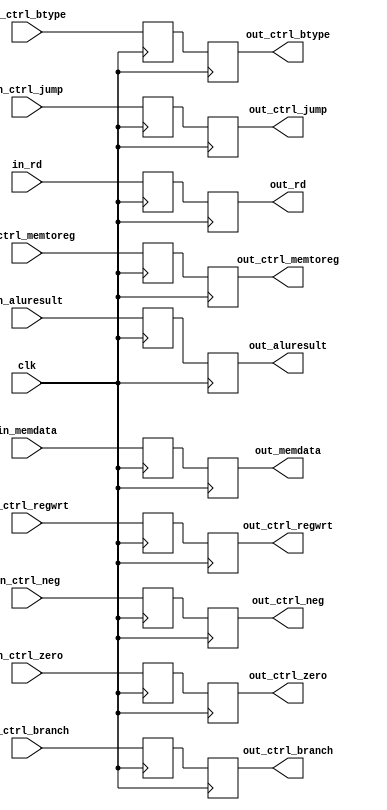
`timescale 1ns / 1ps

module EX_WBBuffer(
	input clk,

    /* WB Control */
    input in_ctrl_regwrt,
    input in_ctrl_branch,
    input in_ctrl_btype,
    input in_ctrl_jump,
    input in_ctrl_memtoreg,
    input in_ctrl_neg,
    input in_ctrl_zero,

    /* WB Data */
    input [31:0] in_memdata,
    input [31:0] in_aluresult,
    input [5:0] in_rd,

	/* WB Control */
    output reg out_ctrl_regwrt,
    output reg out_ctrl_branch,
    output reg out_ctrl_btype,
    output reg out_ctrl_jump,
    output reg out_ctrl_memtoreg,
    output reg out_ctrl_neg,
    output reg out_ctrl_zero,

    /* WB Data */
    output reg [31:0] out_memdata,
    output reg [31:0] out_aluresult,
    output reg [5:0] out_rd

	);

    /* WB Control Bufffer */
    reg ctrl_regwrt_buff;
    reg ctrl_branch_buff;
    reg ctrl_btype_buff;
    reg ctrl_jump_buff;
    reg ctrl_memtoreg_buff;
    reg ctrl_neg_buff;
    reg ctrl_zero_buff;

    /* WB Data Buffer */
    reg [31:0] memdata_buff;
    reg [31:0] aluresult_buff;
    reg [5:0] rd_buff;

	initial begin
		ctrl_regwrt_buff = 0;
		ctrl_branch_buff = 0;
		ctrl_btype_buff = 0;
		ctrl_jump_buff = 0;
		ctrl_memtoreg_buff = 0;
		ctrl_neg_buff = 0;
		ctrl_zero_buff = 0;

		memdata_buff = 0;
		aluresult_buff = 0;
		rd_buff = 0;

		out_ctrl_regwrt = 0;
		out_ctrl_branch = 0;
		out_ctrl_btype = 0;
		out_ctrl_jump = 0;
		out_ctrl_memtoreg = 0;
		out_ctrl_neg = 0;
		out_ctrl_zero = 0;
	end

    always@(negedge clk) begin
        /* WB Control */
        ctrl_regwrt_buff = in_ctrl_regwrt;
        ctrl_branch_buff = in_ctrl_branch;
        ctrl_btype_buff = in_ctrl_btype;
        ctrl_jump_buff = in_ctrl_jump;
        ctrl_memtoreg_buff = in_ctrl_memtoreg;
        ctrl_neg_buff = in_ctrl_neg;
        ctrl_zero_buff = in_ctrl_zero;

        /* WB Data */
        memdata_buff = in_memdata;
        aluresult_buff = in_aluresult;
        rd_buff = in_rd;
    end

    always@(posedge clk) begin
        /* WB Control */
        out_ctrl_regwrt = ctrl_regwrt_buff;
        out_ctrl_branch = ctrl_branch_buff;
        out_ctrl_btype = ctrl_btype_buff;
        out_ctrl_jump = ctrl_jump_buff;
        out_ctrl_memtoreg = ctrl_memtoreg_buff;
        out_ctrl_neg = ctrl_neg_buff;
        out_ctrl_zero = ctrl_zero_buff;

        /* WB Data */
        out_memdata = memdata_buff;
        out_aluresult = aluresult_buff;
        out_rd = rd_buff;
    end

endmodule